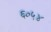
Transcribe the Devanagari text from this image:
६०५४